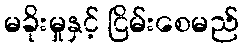
မခိုးမှုနှင့် ငြိမ်းစေမည်